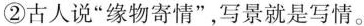
②古人说”缘物寄情”，写景就是写情。